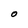
Character: O